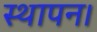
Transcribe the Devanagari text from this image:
स्थापन।